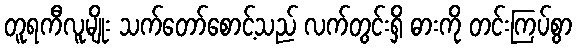
တူရကီလူမျိုး သက်တော်စောင့်သည် လက်တွင်းရှိ ဓားကို တင်းကြပ်စွာ